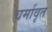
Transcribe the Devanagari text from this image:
चर्मावृत